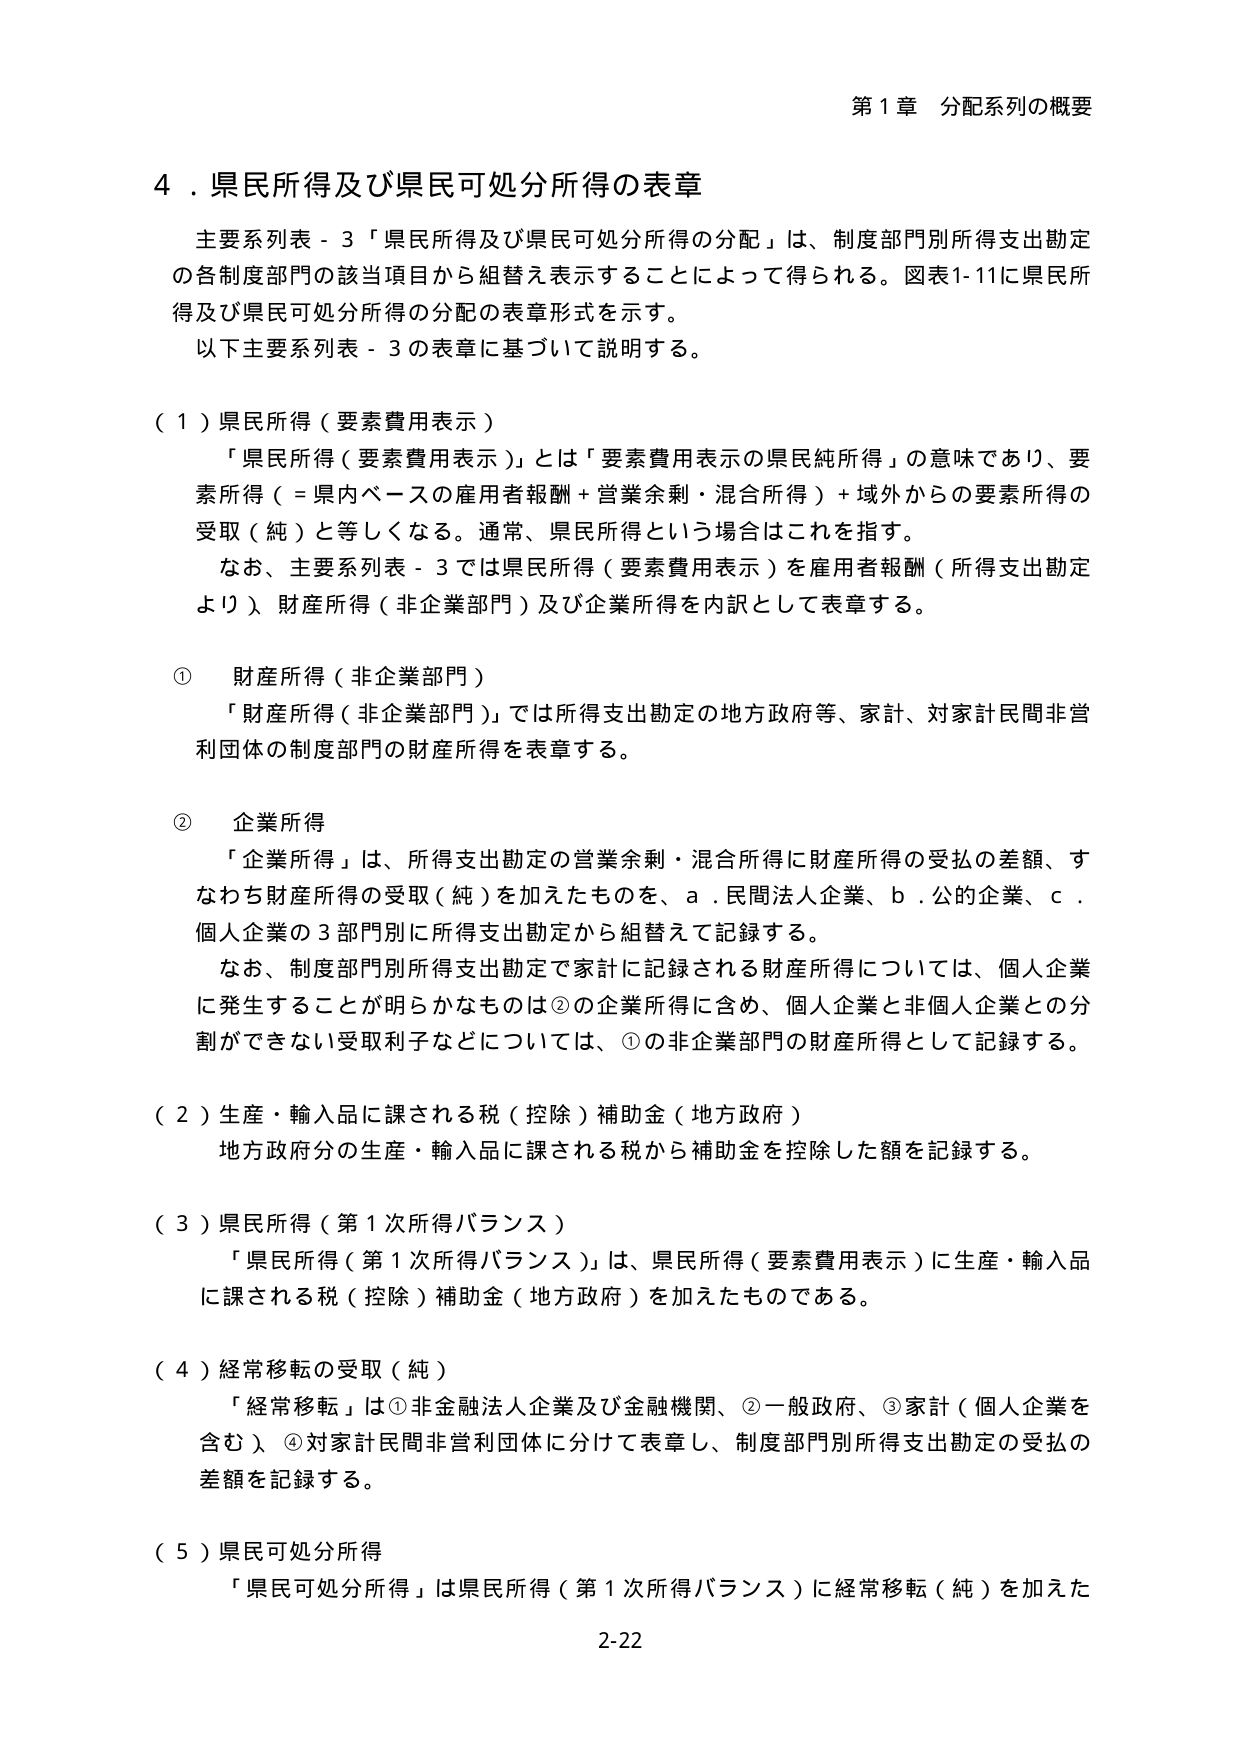
第１章 分配系列の概要

４．県民所得及び県民可処分所得の表章

主要系列表－３「県民所得及び県民可処分所得の分配」は、制度部門別所得支出勘定の各制度部門の該当項目から組替え表示することによって得られる。図表1-11に県民所得及び県民可処分所得の分配の表章形式を示す。
以下主要系列表－３の表章に基づいて説明する。

（１）県民所得（要素費用表示）
「県民所得（要素費用表示）」とは「要素費用表示の県民純所得」の意味であり、要素所得（＝県内ベースの雇用者報酬＋営業余剰・混合所得）＋域外からの要素所得の受取（純）と等しくなる。通常、県民所得という場合はこれを指す。
なお、主要系列表－３では県民所得（要素費用表示）を雇用者報酬（所得支出勘定より）、財産所得（非企業部門）及び企業所得を内訳として表章する。

① 財産所得（非企業部門）
「財産所得（非企業部門）」では所得支出勘定の地方政府等、家計、対家計民間非営利団体の制度部門の財産所得を表章する。

② 企業所得
「企業所得」は、所得支出勘定の営業余剰・混合所得に財産所得の受払の差額、すなわち財産所得の受取（純）を加えたものを、ａ．民間法人企業、ｂ．公的企業、ｃ．個人企業の３部門別に所得支出勘定から組替えで記録する。
なお、制度部門別所得支出勘定で家計に記録される財産所得については、個人企業に発生することが明らかなものは②の企業所得に含め、個人企業と非個人企業との分割ができない受取利子などについては、①の非企業部門の財産所得として記録する。

（２）生産・輸入品に課される税（控除）補助金（地方政府）
地方政府分の生産・輸入品に課される税から補助金を控除した額を記録する。

（３）県民所得（第１次所得バランス）
「県民所得（第１次所得バランス）」は、県民所得（要素費用表示）に生産・輸入品に課される税（控除）補助金（地方政府）を加えたものである。

（４）経常移転の受取（純）
「経常移転」は①非金融法人企業及び金融機関、②一般政府、③家計（個人企業を含む）、④対家計民間非営利団体に分けて表章し、制度部門別所得支出勘定の受払の差額を記録する。

（５）県民可処分所得
「県民可処分所得」は県民所得（第１次所得バランス）に経常移転（純）を加えた

2-22